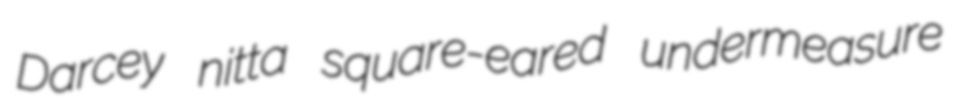
Darcey nitta square-eared undermeasure